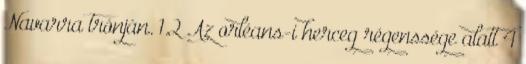
Navarra trónján. 1.2 Az orléans-i herceg régenssége alatt 4